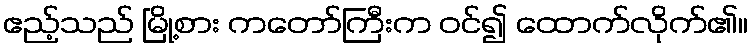
ဧည့်သည် မြို့စား ကတော်ကြီးက ဝင်၍ ထောက်လိုက်၏။